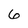
Character: 6